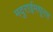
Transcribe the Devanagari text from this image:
मदुराईमधूनच